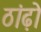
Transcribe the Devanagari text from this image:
ठांढ़ो